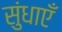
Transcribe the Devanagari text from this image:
सुंधाएँ